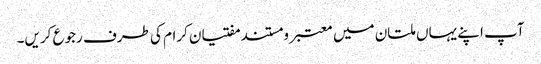
آپ اپنے یہاں ملتان میں معتبر و مستند مفتیان کرام کی طرف رجوع کریں۔